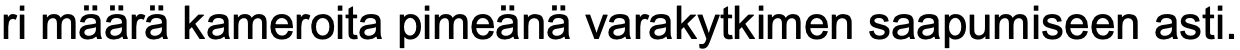
ri määrä kameroita pimeänä varakytkimen saapumiseen asti.